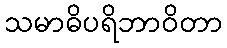
သမာဓိပရိဘာဝိတာ